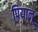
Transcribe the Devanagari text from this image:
पियानू